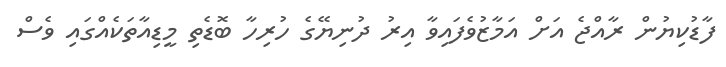
ފާޑުކިޔުން ރާއްޖެ އަށް އަމާޒުވެފައިވާ އިރު ދުނިޔޭގެ ހުރިހާ ބޮޑެތި މީޑިއާތަކެއްގައި ވެސް